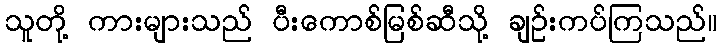
သူတို့ ကားများသည် ပီးကောစ်မြစ်ဆီသို့ ချဉ်းကပ်ကြသည်။